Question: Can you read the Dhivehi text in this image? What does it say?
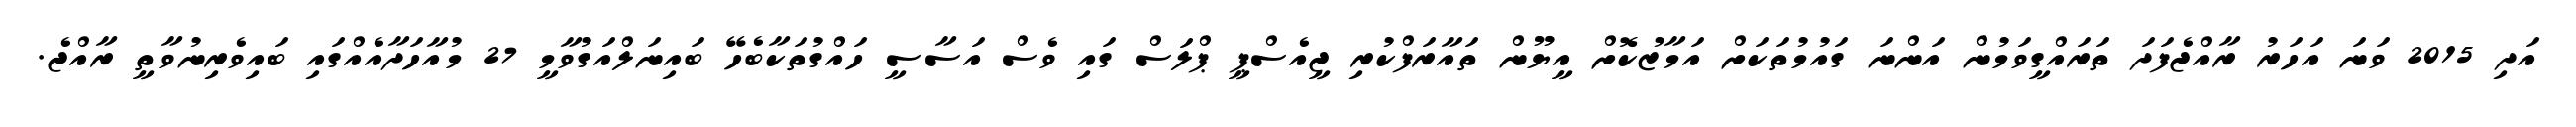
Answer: އަދި 2015 ވަނަ އަހަރު ރާއްޖެފަދަ ތަރައްގީވަމުން އަންނަ ގައުމުތަކަށް އަމާޒުކޮށް އީޔޫން ތައާރަފްކުރި ޖީއެސްޕީ ޕްލަސް ގައި ވެސް އަސާސީ ހައްގުތަކާބެހޭ ބައިނަލްއަގުވާމީ 27 މުއާހަދާއެއްގައި ބައިވެރިނުވާތީ ރާއްޖެ.